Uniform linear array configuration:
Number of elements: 4
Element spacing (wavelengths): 0.25
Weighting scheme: kaiser
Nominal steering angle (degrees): -45
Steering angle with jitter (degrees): -46.668
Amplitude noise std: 0.05
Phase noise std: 0.05

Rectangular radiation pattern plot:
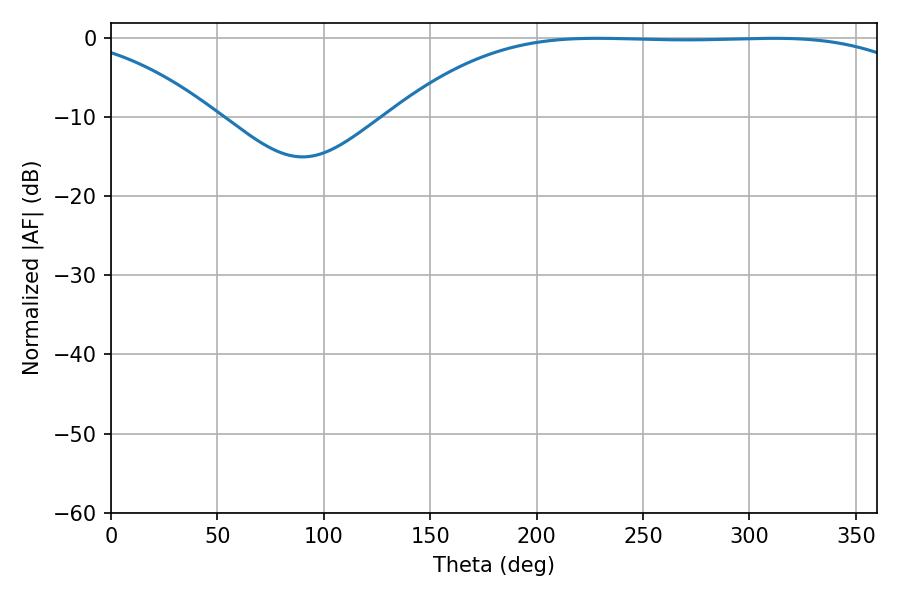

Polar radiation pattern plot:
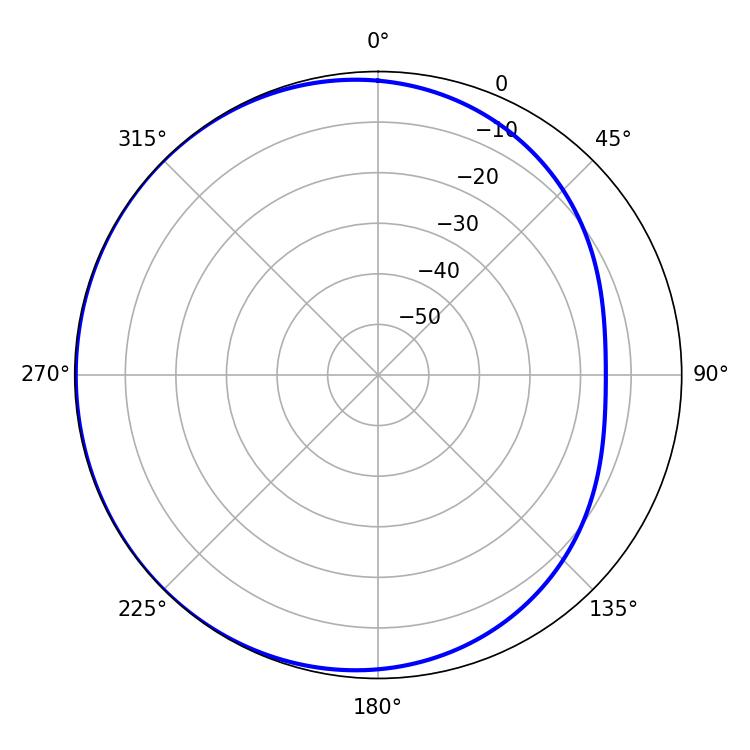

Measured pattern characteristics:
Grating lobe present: FALSE
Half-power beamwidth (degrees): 191.52
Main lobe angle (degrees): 228.42